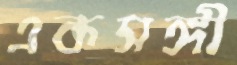
একসঙ্গী